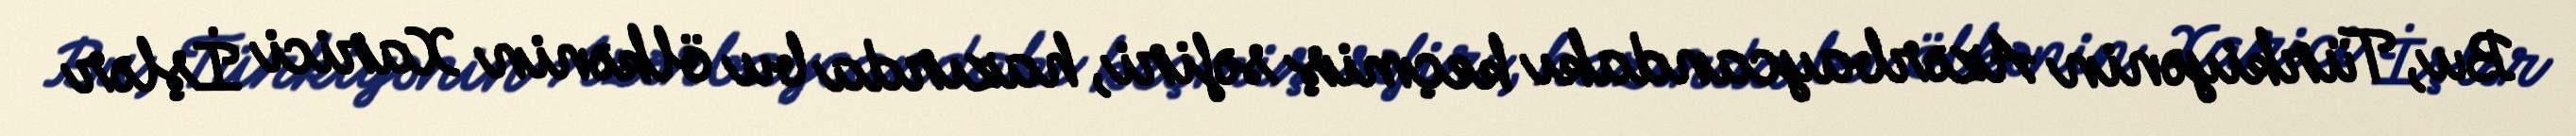
Bu, Türkiyənin Azərbaycandakı keçmiş səfiri, hazırda bu ölkənin Xarici İşlər